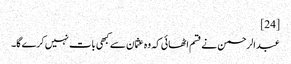
[24]
عبدالرحمن نے قسم اٹھائی کہ وہ عثمان سے کبھی بات نہیں کرے گا۔